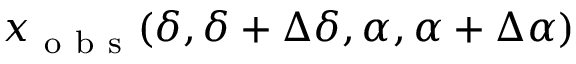
x _ { \mathrm { ~ o ~ b ~ s ~ } } ( \delta , \delta + \Delta \delta , \alpha , \alpha + \Delta \alpha )